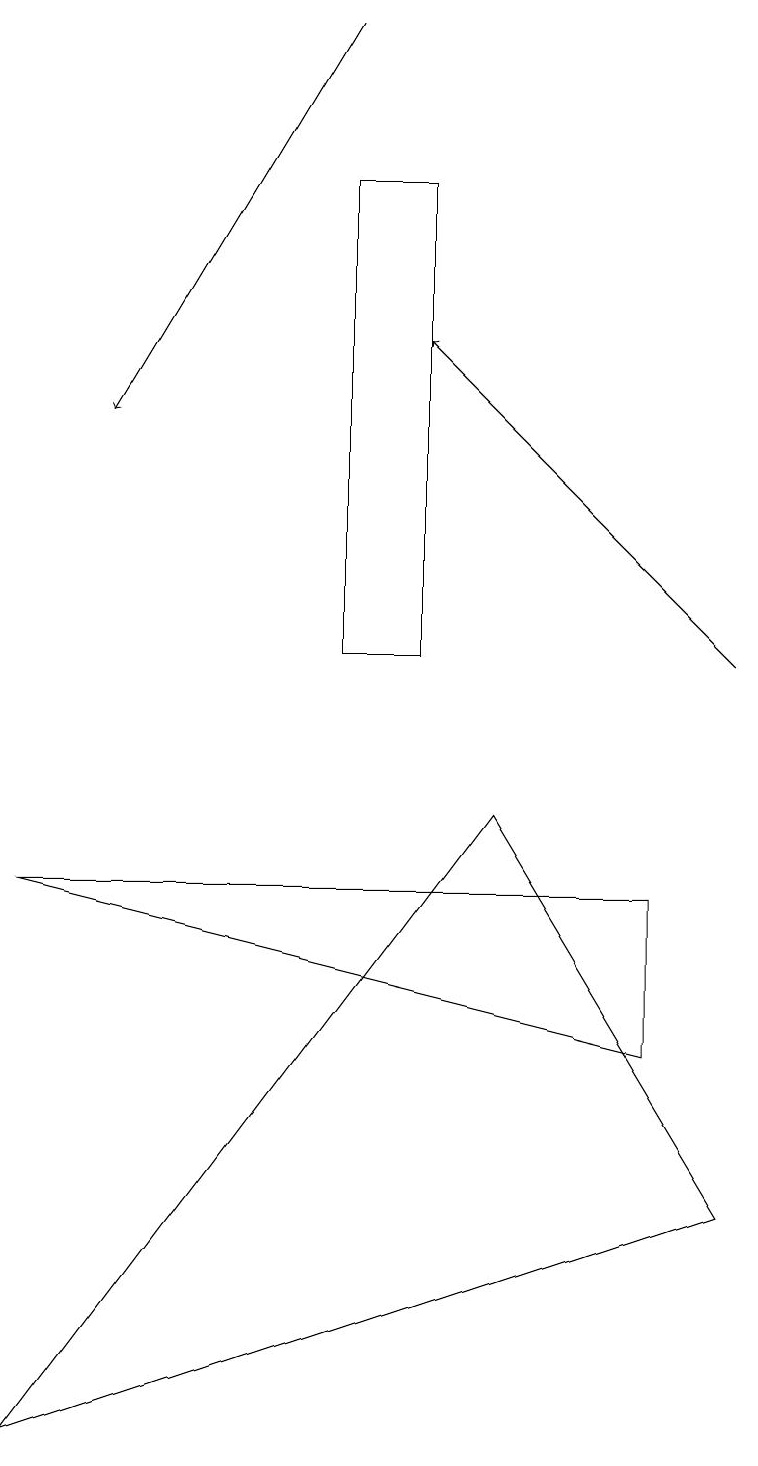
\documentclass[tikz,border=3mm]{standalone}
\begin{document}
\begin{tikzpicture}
\draw[->] (4,19) -- (1,14);
\draw (8,8) -- (0,8) -- (8,6) -- cycle;
\draw (0,1) -- (6,9) -- (9,4) -- cycle;
\draw (5,11) rectangle (4,17);
\draw[->] (9,11) -- (5,15);
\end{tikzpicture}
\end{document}